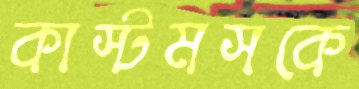
কাস্টমসকে